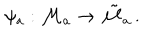
\psi _ { a } : { \cal M } _ { a } \to \tilde { { \cal M } } _ { a } \, .